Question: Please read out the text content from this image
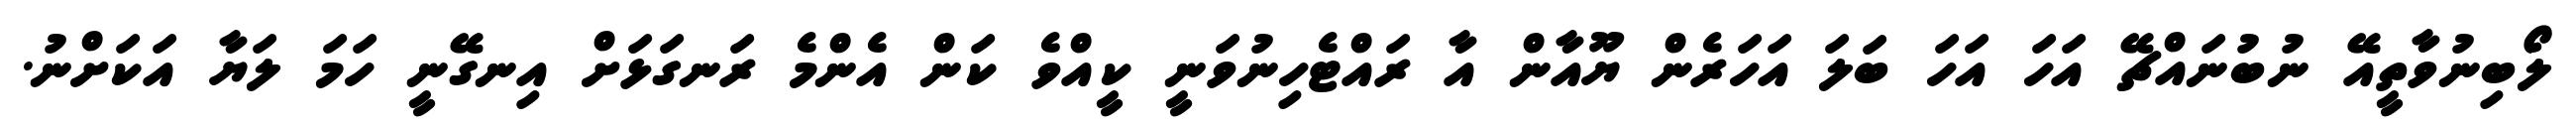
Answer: ލޯބިނުވާތީއޭ ނުބުނައްޗޭ އަހަ އަހަ ބަލަ އަހަރެން ޔޫއާން އާ ރައްޓެހިނުވަނީ ކީއްވެ ކަން އެންމެ ރަނގަޅަށް އިނގޭނީ ހަމަ ލަޔާ އަކަށްނު.